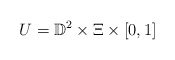
\begin{align*}U = \mathbb{D}^2 \times \Xi \times [0, 1] \end{align*}